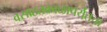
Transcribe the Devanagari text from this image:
वसाहतकाळापर्यंतचा